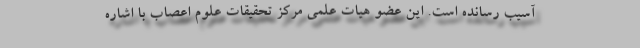
آسیب رسانده است. این عضو هیات علمی مرکز تحقیقات علوم اعصاب با اشاره